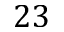
2 3